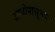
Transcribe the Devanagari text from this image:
आधीपासूनचा